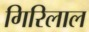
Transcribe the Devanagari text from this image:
गिरिलाल